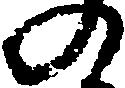
の